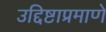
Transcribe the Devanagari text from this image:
उद्दिष्टाप्रमाणे